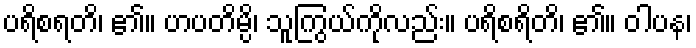
ပရိစရတိ၊ ၏။ ဟပတိမ္ပိ၊ သူကြွယ်ကိုလည်း။ ပရိစရိတိ၊ ၏။ ဝါပန၊